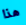
هذا